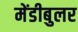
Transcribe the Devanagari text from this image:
मेंडीबुलर